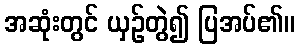
အဆုံးတွင် ယှဉ်တွဲ၍ ပြအပ်၏။